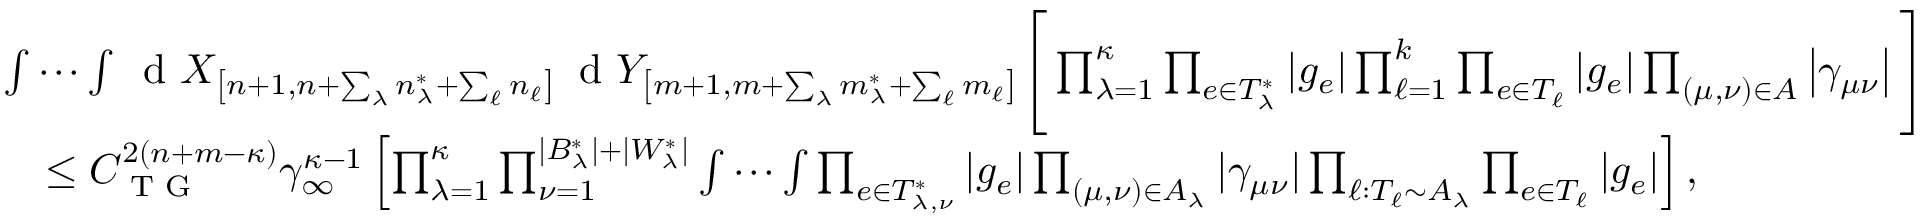
\begin{array} { r l } & { \idotsint \, \textnormal { d } X _ { \left[ n + 1 , n + \sum _ { \lambda } n _ { \lambda } ^ { * } + \sum _ { \ell } n _ { \ell } \right] } \, \textnormal { d } Y _ { \left[ m + 1 , m + \sum _ { \lambda } m _ { \lambda } ^ { * } + \sum _ { \ell } m _ { \ell } \right] } \Bigg [ \prod _ { \lambda = 1 } ^ { \kappa } \prod _ { e \in T _ { \lambda } ^ { * } } | g _ { e } | \prod _ { \ell = 1 } ^ { k } \prod _ { e \in T _ { \ell } } | g _ { e } | \prod _ { ( \mu , \nu ) \in A } \left\vert \gamma _ { \mu \nu } \right\vert \Bigg ] } \\ & { \quad \leq C _ { \textnormal { T G } } ^ { 2 ( n + m - \kappa ) } \gamma _ { \infty } ^ { \kappa - 1 } \left[ \prod _ { \lambda = 1 } ^ { \kappa } \prod _ { \nu = 1 } ^ { | B _ { \lambda } ^ { * } | + | W _ { \lambda } ^ { * } | } \idotsint \prod _ { e \in T _ { \lambda , \nu } ^ { * } } | g _ { e } | \prod _ { ( \mu , \nu ) \in A _ { \lambda } } | \gamma _ { \mu \nu } | \prod _ { \ell : T _ { \ell } \sim A _ { \lambda } } \prod _ { e \in T _ { \ell } } | g _ { e } | \right] , } \end{array}